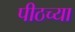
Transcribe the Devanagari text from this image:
पीठच्या